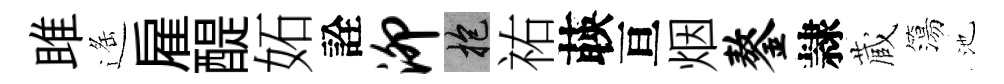
雎遥雇醍妬詮泖抱祐𦴤亘烟鏊隷蔵簜池